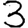
Digit: 3